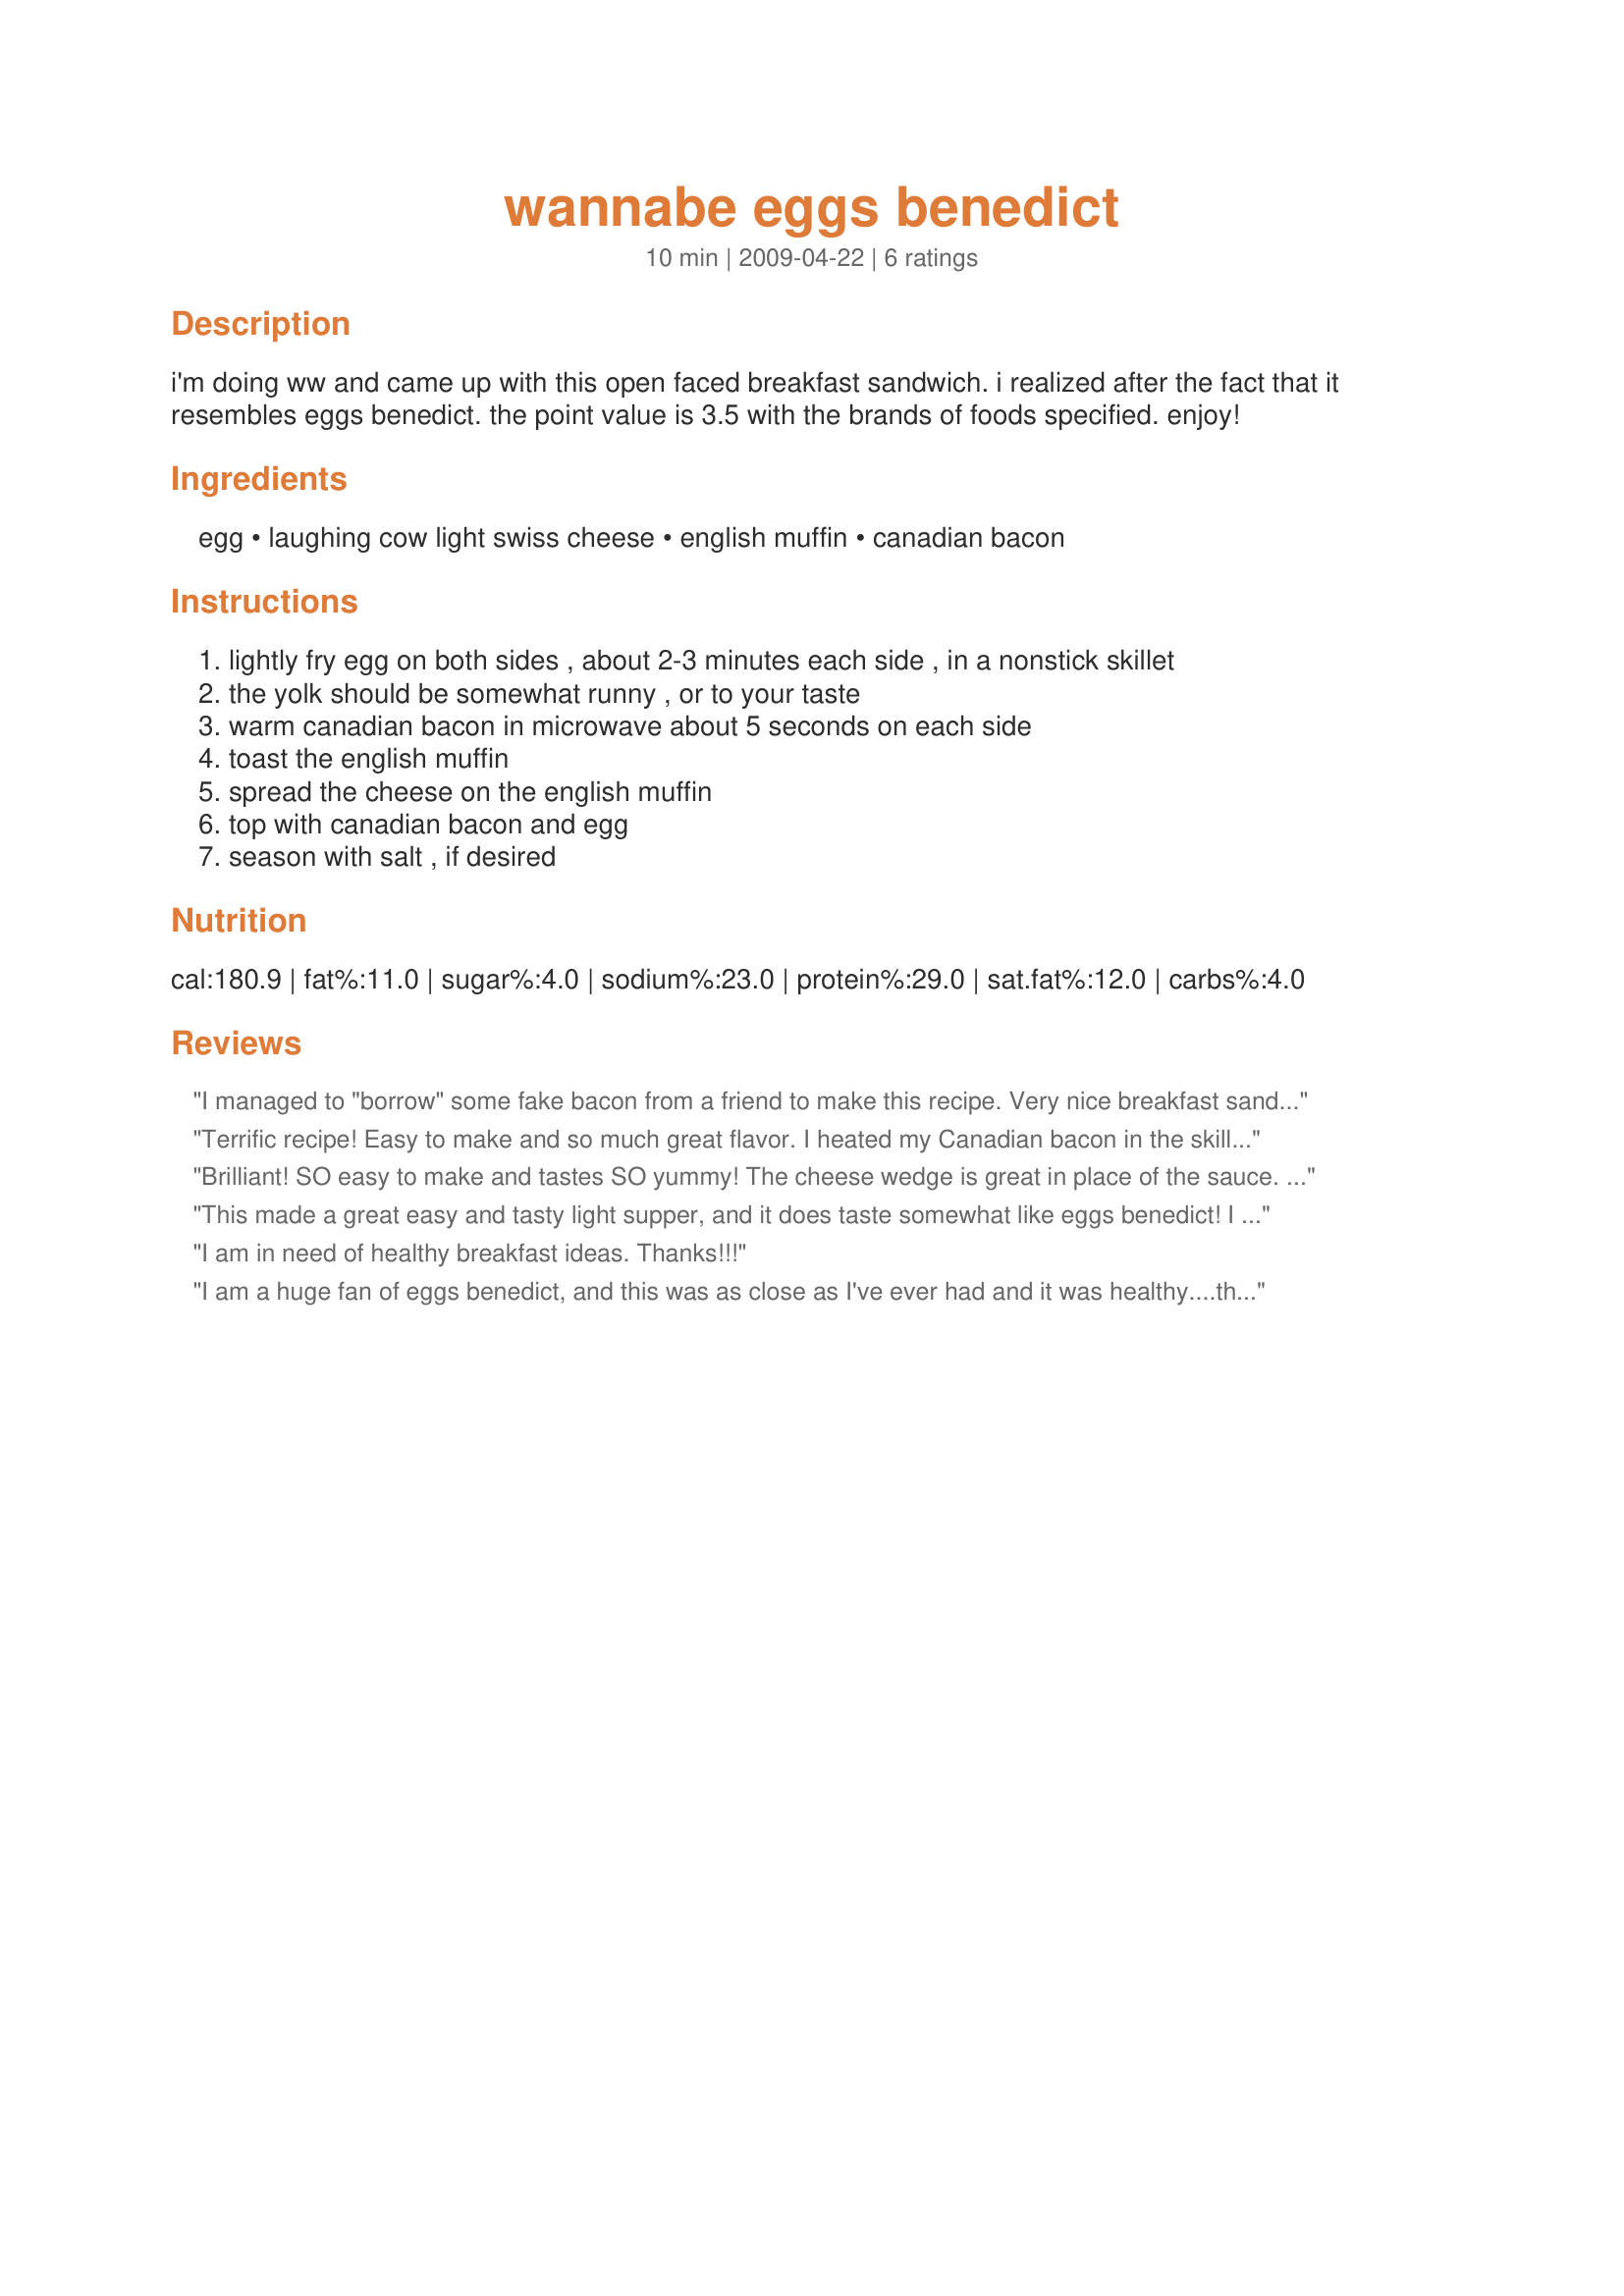
wannabe eggs benedict
Preparation time: 10 minutes

i'm doing ww and came up with this open faced breakfast sandwich. i realized after the fact that it resembles eggs benedict. the point value is 3.5 with the brands of foods specified. enjoy!

Ingredients:
egg, laughing cow light swiss cheese, english muffin, canadian bacon

Steps:
lightly fry egg on both sides , about 2-3 minutes each side , in a nonstick skillet
the yolk should be somewhat runny , or to your taste
warm canadian bacon in microwave about 5 seconds on each side
toast the english muffin
spread the cheese on the english muffin
top with canadian bacon and egg
season with salt , if desired

Reviews:
I managed to "borrow" some fake bacon from a friend to make this recipe. Very nice breakfast sandwhich, as I like to think of it. And the cheese went well with the recipe.
Terrific recipe! Easy to make and so much great flavor. I heated my Canadian bacon in the skillet before I fried the egg. The cheese really made this dish. Great healthy breakfast treat - thanks for sharing your recipe! Made for Spring PAC 2010
Brilliant! SO easy to make and tastes SO yummy! The cheese wedge is great in place of the sauce. I will be making this often -- thank you so much for sharing!
This made a great easy and tasty light supper, and it does taste somewhat like eggs benedict! I am going to try it with the French Onion Laughing Cow Light next time.
I am in need of healthy breakfast ideas. Thanks!!!
I am a huge fan of eggs benedict, and this was as close as I've ever had and it was healthy....that rocks. Thanks for posting.
